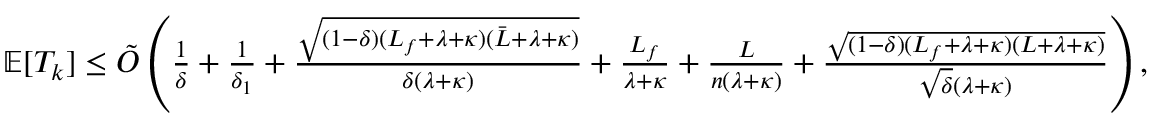
\begin{array} { r } { \mathbb { E } [ T _ { k } ] \leq { \tilde { \cal O } } \left( \frac { 1 } { \delta } + \frac { 1 } { \delta _ { 1 } } + \frac { \sqrt { ( 1 - \delta ) ( L _ { f } + \lambda + \kappa ) ( { \bar { L } } + \lambda + \kappa ) } } { \delta ( \lambda + \kappa ) } + \frac { L _ { f } } { \lambda + \kappa } + \frac { L } { n ( \lambda + \kappa ) } + \frac { \sqrt { ( 1 - \delta ) ( L _ { f } + \lambda + \kappa ) ( L + \lambda + \kappa ) } } { \sqrt { \delta } ( \lambda + \kappa ) } \right) , } \end{array}